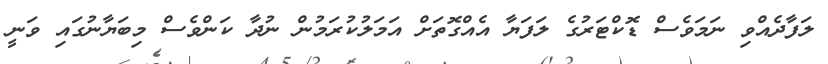
ލަފާދެއްވި ނަމަވެސް ޑޮކްޓަރުގެ ލަފަޔާ އެއްގޮތަށް އަމަލުކުރަމުން ނުދާ ކަންވެސް މިބަޔާނުގައި ވަނީ